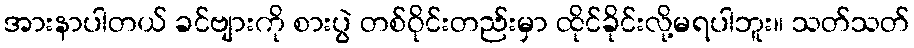
အားနာပါတယ် ခင်ဗျားကို စားပွဲ တစ်ဝိုင်းတည်းမှာ ထိုင်ခိုင်းလို့မရပါဘူး။ သတ်သတ်